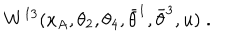
W ^ { 1 3 } ( x _ { A } , \theta _ { 2 } , \theta _ { 4 } , \bar { \theta } ^ { 1 } , \bar { \theta } ^ { 3 } , u ) \; .